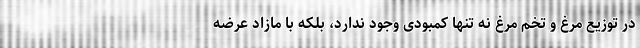
در توزیع مرغ و تخم مرغ نه تنها کمبودی وجود ندارد، بلکه با مازاد عرضه